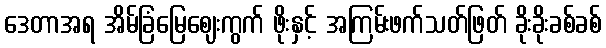
ဒေတာအရ အိမ်ခြံမြေဈေးကွက် ဖိုးနှင့် အကြမ်းဖက်သတ်ဖြတ် ခိုးခိုးခစ်ခစ်